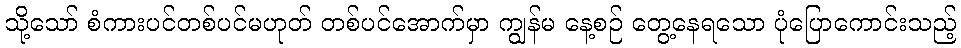
သို့သော် စံကားပင်တစ်ပင်မဟုတ် တစ်ပင်အောက်မှာ ကျွန်မ နေ့စဉ် တွေ့နေရသော ပုံပြောကောင်းသည့်